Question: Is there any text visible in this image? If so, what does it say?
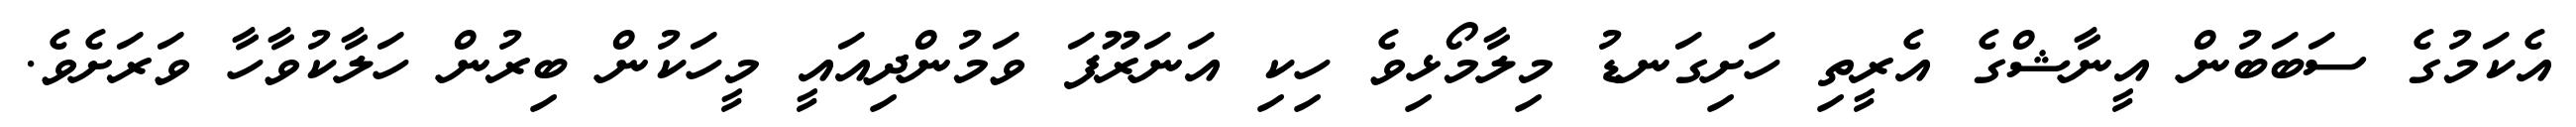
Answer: އެކަމުގެ ސަބަބުން އީނާޝްގެ އެރީތި ހަށިގަނޑު މިލާމޯޅިވެ ހިކި އަނަރޫފަ ވަމުންދިއައީ މީހަކުން ބިރުން ހަލާކުވާހާ ވަރަށެވެ.